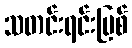
သတင်းရင်းမြစ်